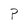
Character: P